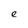
Character: e